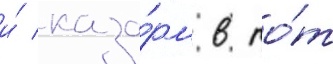
и́ каза́рм в то́т